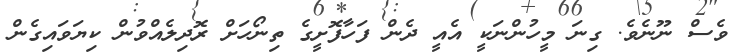
ވެސް ނޫނެވެ. ގިނަ މީހުންނަކީ އެއީ ދެން ފަހާފޮށީގެ ތިނޯހަށް ރޮދިލެއްވުން ކިޔަވައިގެން